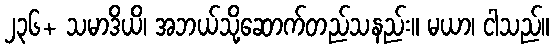
၂၃၆+ သမာဒိယိ၊ အဘယ်သို့ဆောက်တည်သနည်း။ မယာ၊ ငါသည်။